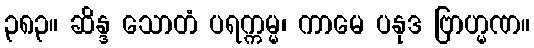
၃၈၃။ ဆိန္ဒ သောတံ ပရက္ကမ္မ၊ ကာမေ ပနုဒ ဗြာဟ္မဏ။